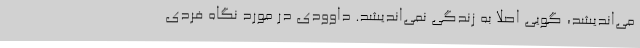
می‌اندیشد، گویی اصلا به زندگی نمی‌اندیشد. داوودی در مورد نگاه فردی